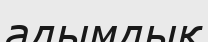
адымдық